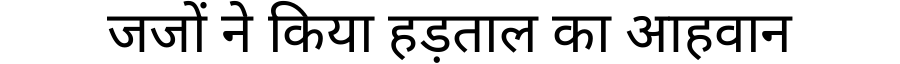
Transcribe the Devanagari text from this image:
जजों ने किया हड़ताल का आहवान